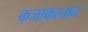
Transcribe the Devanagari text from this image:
कजाकस्तान